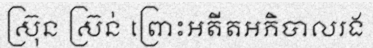
ស្រ៊ុន ស្រ៊ន់ ព្រោះអតីតអភិបាលរង